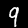
Label: 9